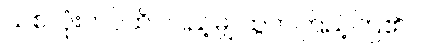
သစ်လုံးတပ်ထိပ်ပြည့်မျှ ထွက်ကြည့်ကြ၏ ။